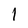
Character: l